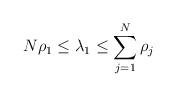
LaTeX: \begin{align*} N \rho_1 \leq \lambda_1 \leq \sum_{j=1}^N \rho_j\end{align*}